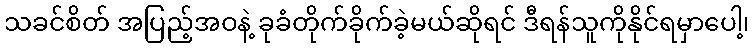
သခင်စိတ် အပြည့်အဝနဲ့ ခုခံတိုက်ခိုက်ခဲ့မယ်ဆိုရင် ဒီရန်သူကိုနိုင်ရမှာပေါ့၊